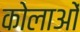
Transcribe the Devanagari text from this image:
कोलाओं